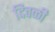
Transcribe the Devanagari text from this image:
दिवळी